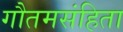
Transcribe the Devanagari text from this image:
गौतमसंहिता